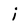
Character: i